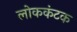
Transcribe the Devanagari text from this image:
लोककंटक